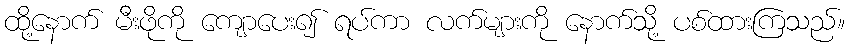
ထို့နောက် မီးဖိုကို ကျောပေး၍ ရပ်ကာ လက်များကို နောက်သို့ ပစ်ထားကြသည်။